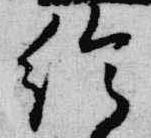
給